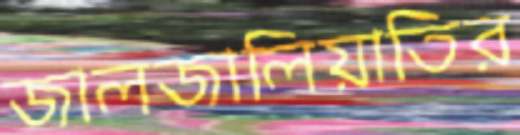
জালজালিয়াতির